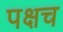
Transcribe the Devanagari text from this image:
पक्षच